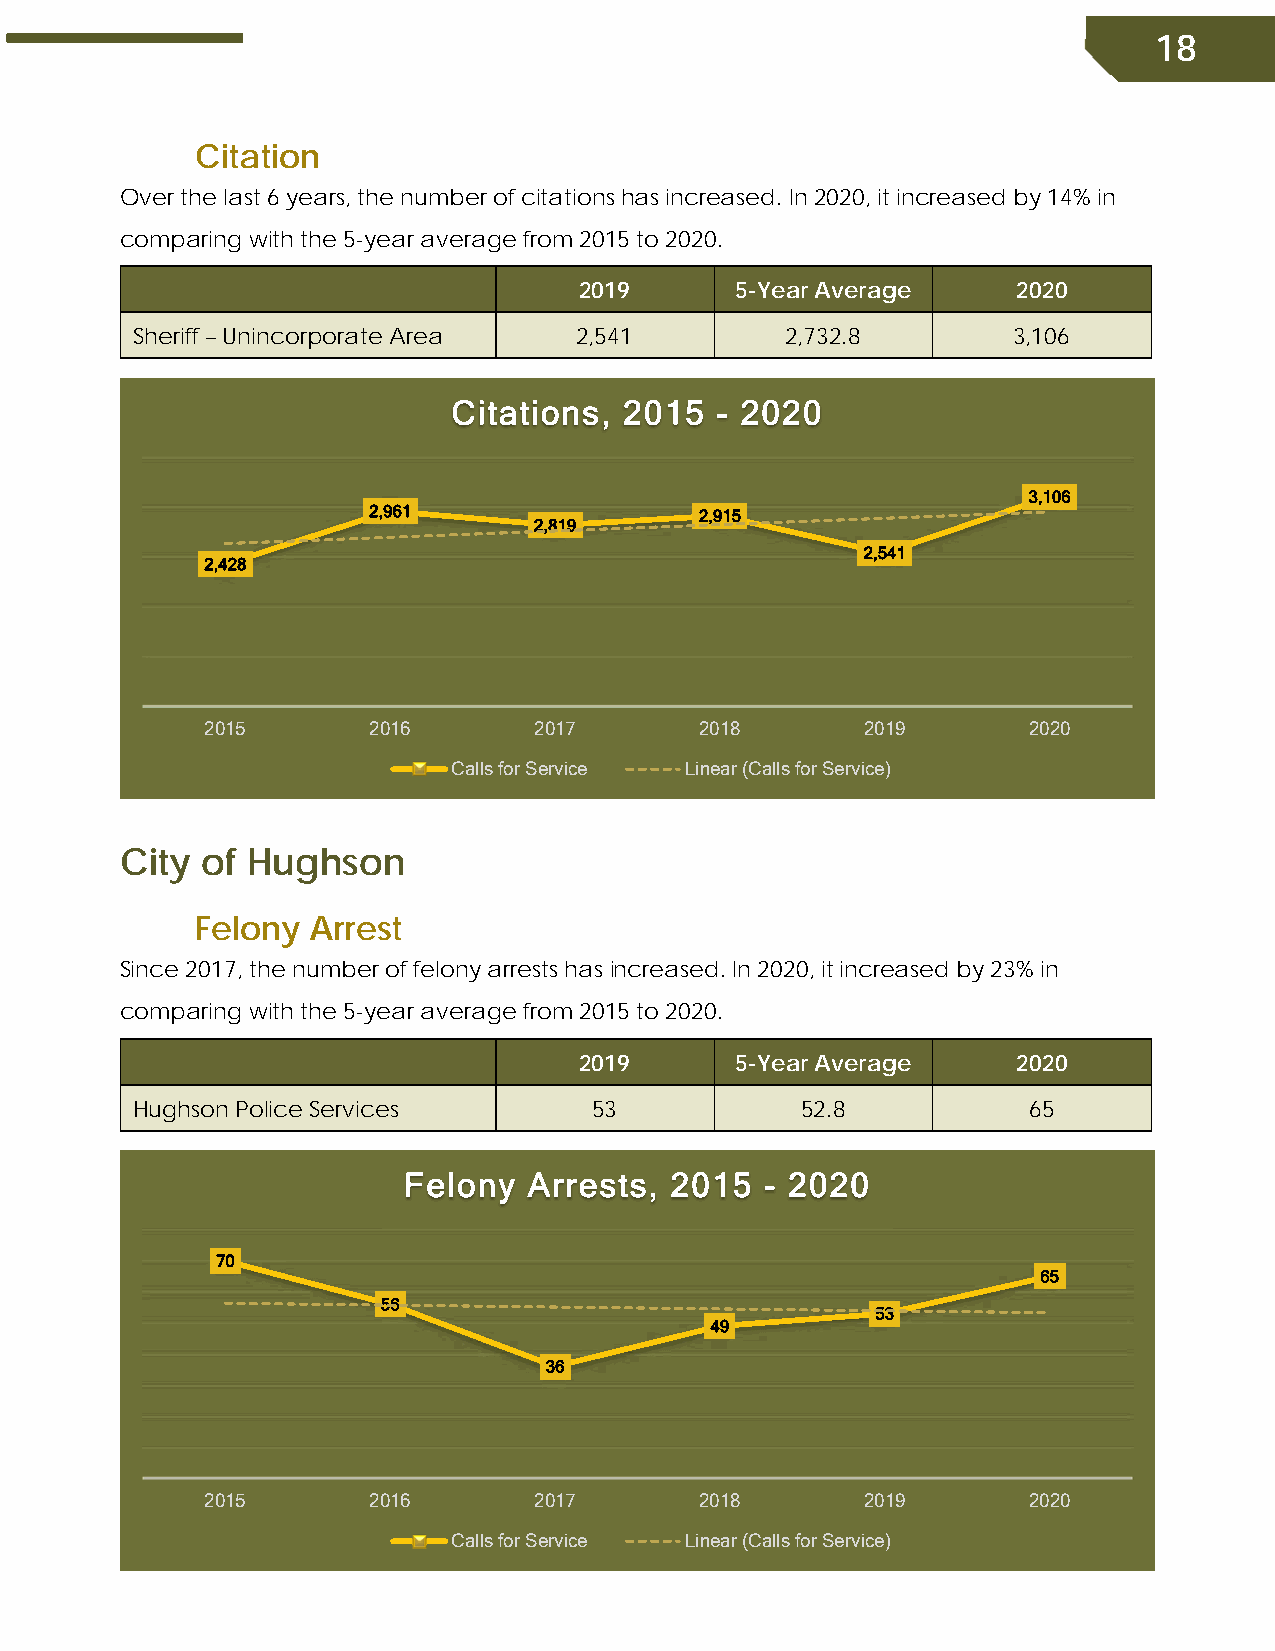
18
 Citation
 Over the last 6 years, the number of citations has increased. In 2020, it increased by 14% in
 comparing with the 5-year average from 2015 to 2020.
 2019       5-Year Average    2020
 Sheriff – Unincorporate Area 2,541         2,732.8        3,106
 Citations, 2015  - 2020
 3,106
 2,961                 2,915
 2,819
 2,541
 2,428
 2015      2016       2017       2018       2019       2020
 Calls for Service Linear (Calls for Service)
 City of Hughson
 Felony  Arrest
 Since 2017, the number of felony arrests has increased. In 2020, it increased by 23% in
 comparing with the 5-year average from 2015 to 2020.
 2019       5-Year Average    2020
 Hughson Police Services       53            52.8           65
 Felony  Arrests, 2015   - 2020
 70
 65
 56
 53
 49
 36
 2015      2016       2017       2018       2019       2020
 Calls for Service Linear (Calls for Service)